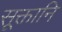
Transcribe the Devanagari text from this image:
सूक्तानि